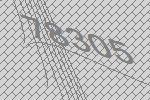
78305